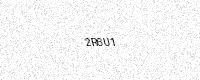
Text: 2R6U1